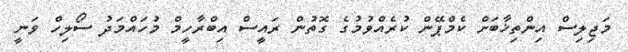
މަޖިލިސް އިންތިޚާބަށް ކެމްޕޭން ކުރެއްވުމުގެ ގޮތުން ރައީސް އިބްރާހީމް މުހައްމަދު ސޯލިހް ވަނީ